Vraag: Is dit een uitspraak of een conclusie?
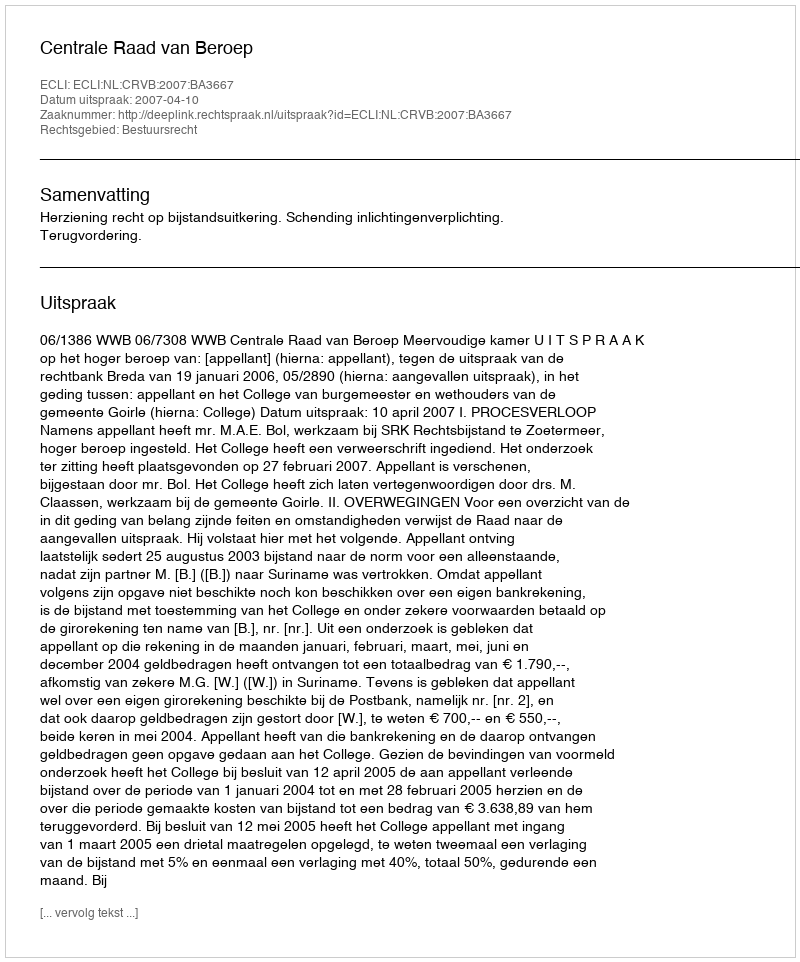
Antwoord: Uitspraak